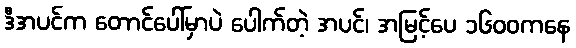
ဒီအပင်က တောင်ပေါ်မှာပဲ ပေါက်တဲ့ အပင်၊ အမြင့်ပေ ၁၆၀၀ကနေ